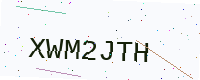
Text: XWM2JTH